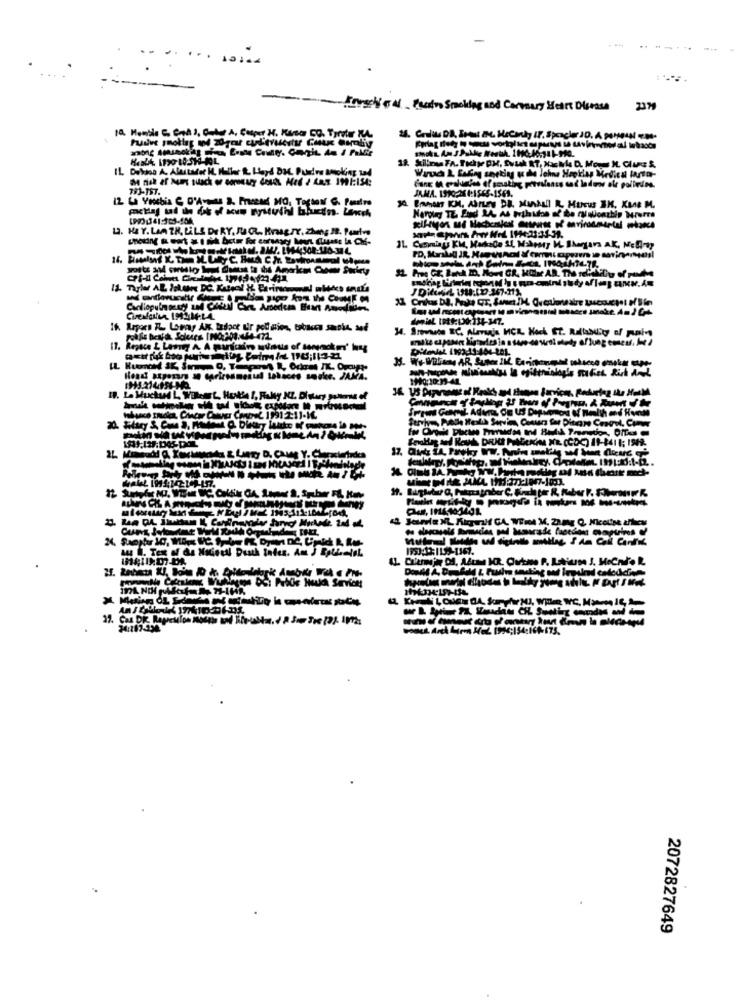
..... .....
--
Forsche 4_ Prodno Smoking and Carvery Heart Disease
IL Dobson A. Alencaror M. Mulher R. Hard BBC. Pundve smoking zod
193-157.
(PV) 341:305-154
L. HAY. LAM TH, LILE DE RY, JUCL. KraagTY. zh
14. Sroviscs RC. Alaranja MCK Hack Et. RallaMEty of pul-
Hond sposare se cariresmenul lohaces socke. JAMA.
1990:10:35-41.
w . Text of de Nainedl Death Inden. Am J Eple-løL
Adam CHL Swoting onamd
2072827649